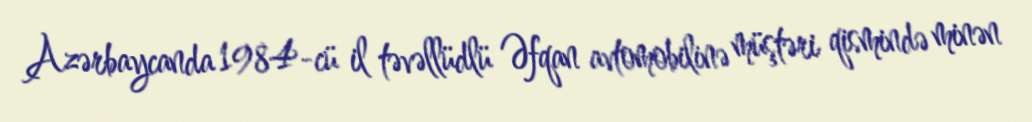
Azərbaycanda 1984-cü il təvəllüdlü Əfqan avtomobilinə müştəri qismində minən